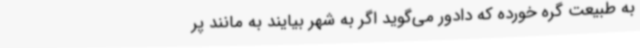
به طبیعت گره خورده که دادور می‌گوید اگر به شهر بیایند به مانند پر